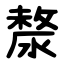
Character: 漦